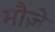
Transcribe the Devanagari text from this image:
मौज़े